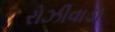
રોઝીવાડા